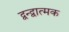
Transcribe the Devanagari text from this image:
द्वन्द्वात्मक